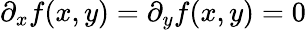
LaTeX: \partial_{x}f(x,y)=\partial_{y}f(x,y)=0